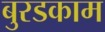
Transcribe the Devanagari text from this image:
बुरडकाम